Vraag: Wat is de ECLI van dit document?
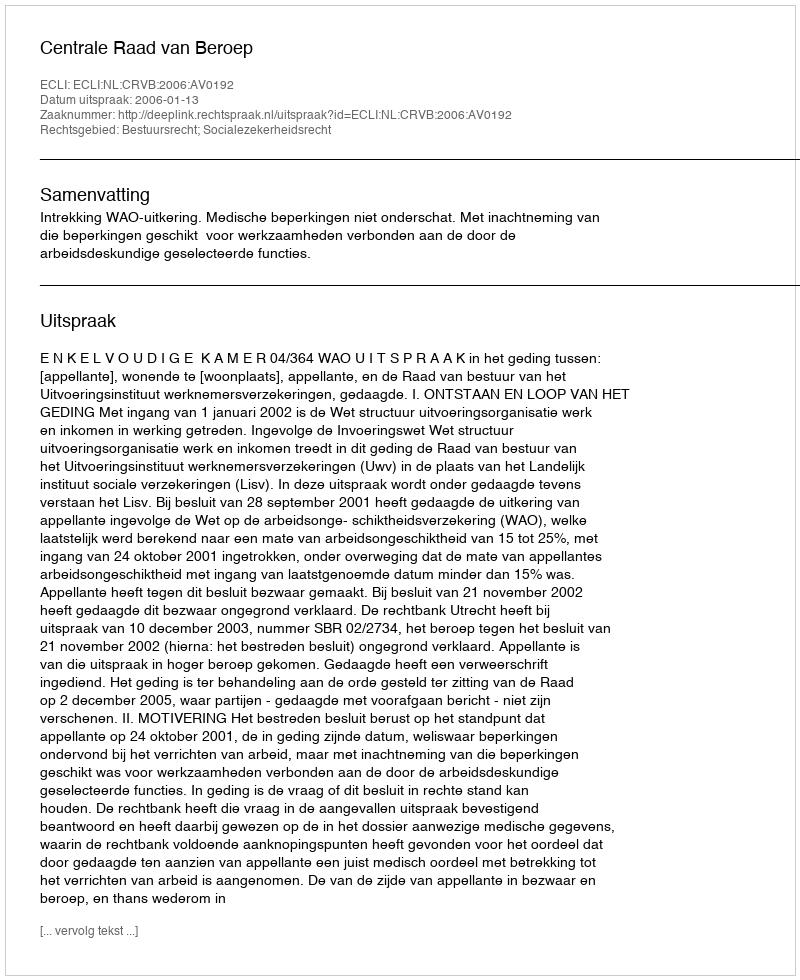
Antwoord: ECLI:NL:CRVB:2006:AV0192